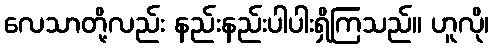
လေသာတို့လည်း နည်းနည်းပါပါးရှိကြသည်။ ဟူလို၊